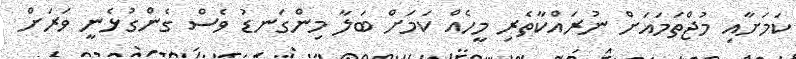
ކަމަށާއި މުޖްތަމައަށް ނުރައްކާތެރި މީހެއް ކަމަށް ބަލާ މިންގަނޑު ވެސް ގެންގުޅެނީ ވަރަށް